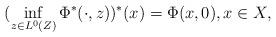
LaTeX: \begin{align*}(\inf_{z\in L^0(Z)}\Phi^\ast(\cdot,z))^\ast(x)=\Phi(x,0), x\in X,\end{align*}